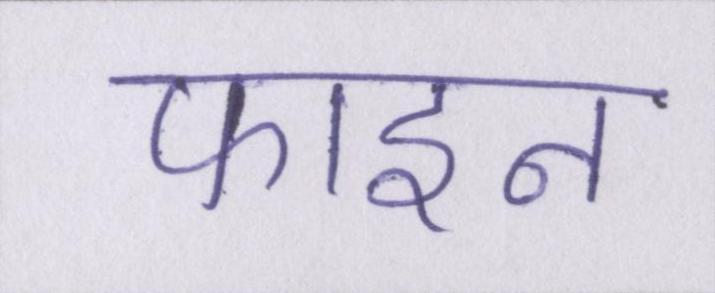
फाइन